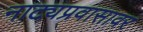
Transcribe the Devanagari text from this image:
नाट्यप्रवासावर